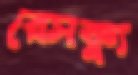
রেসক্যু